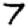
Digit: 7